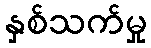
နှစ်သက်မှု